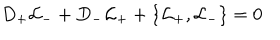
LaTeX: D _ { + } { \cal L } _ { - } + D _ { - } { \cal L } _ { + } + \{ { \cal L } _ { + } , { \cal L } _ { - } \} = 0